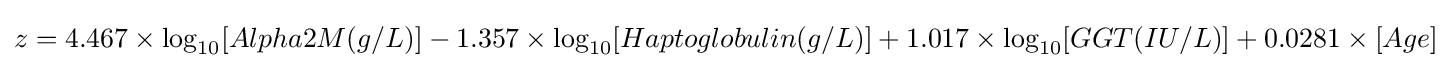
z=4.467\times \log _{10}[Alpha2M(g/L)]-1.357\times \log _{10}[Haptoglobulin(g/L)]+1.017\times \log _{10}[GGT(IU/L)]+0.0281\times [Age]